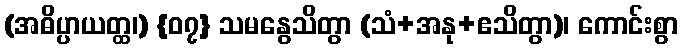
(အဓိပ္ပာယတ္ထ၊) {၀၇} သမနွေသိတွာ (သံ+အနု+ဧသိတွာ)၊ ကောင်းစွာ